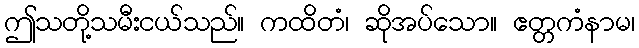
ဤသတို့သမီးငယ်သည်။ ကထိတံ၊ ဆိုအပ်သော။ ဧတ္တကံနာမ၊